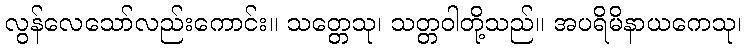
လွန်လေသော်လည်းကောင်း။ သတ္တေသု၊ သတ္တဝါတို့သည်။ အပရိမိနာယကေသု၊